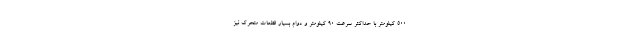
۵۰۰ کیلومتر با حداکثر سرعت ۹۰ کیلومتر و دوام بسیار قطعات متحرک نیز